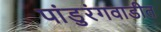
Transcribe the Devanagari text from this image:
पांडुरंगवाडीत